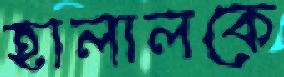
হালালকে